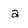
Character: a